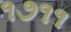
૧૭૧૧